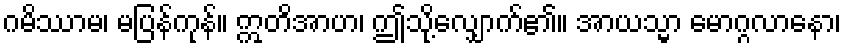
ဂမိဿာမ၊ မပြန်ကုန်။ ဣတိအာဟ၊ ဤသို့လျှောက်၏။ အာယသ္မာ မောဂ္ဂလာနော၊